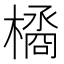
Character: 𣚹